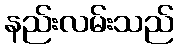
နည်းလမ်းသည်